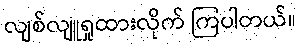
လျစ်လျူရှုထားလိုက် ကြပါတယ်။